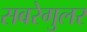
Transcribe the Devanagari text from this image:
सबरेगुलर